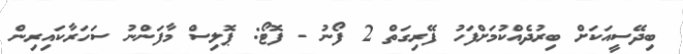
ބިދޭސީއަކަށް ބިރުދެއްކުމަށްފަހު ފޭރިގަތް 2 ފޯނު - ފޮޓޯ: ޕޮލިސް މާފަންނު ސަހަރާކައިރިން